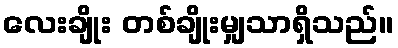
လေးချိုး တစ်ချိုးမျှသာရှိသည်။